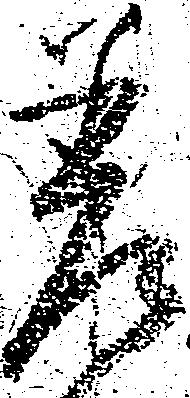
差